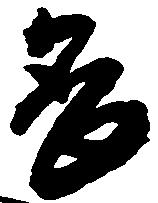
畏